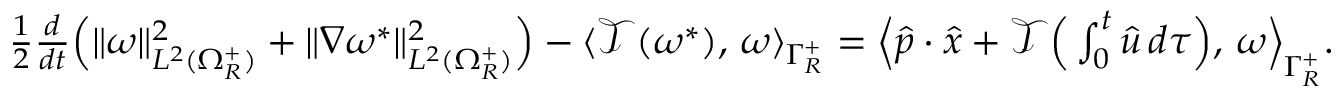
\begin{array} { r } { \frac { 1 } { 2 } \frac { d } { d t } \Big ( \| \omega \| _ { L ^ { 2 } ( \Omega _ { R } ^ { + } ) } ^ { 2 } + \| \nabla \omega ^ { * } \| _ { L ^ { 2 } ( \Omega _ { R } ^ { + } ) } ^ { 2 } \Big ) - \langle \mathscr { T } ( \omega ^ { * } ) , \, \omega \rangle _ { \Gamma _ { R } ^ { + } } = \Big \langle \hat { p } \cdot \hat { x } + \mathscr { T } \Big ( \int _ { 0 } ^ { t } \hat { u } \, d \tau \Big ) , \, \omega \Big \rangle _ { \Gamma _ { R } ^ { + } } . } \end{array}